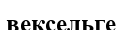
вексельге